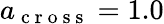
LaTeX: a_{\mathrm{~c~r~o~s~s~}}=1.0